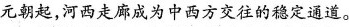
元朝起，河西走廊成为中西方交往的稳定通道。